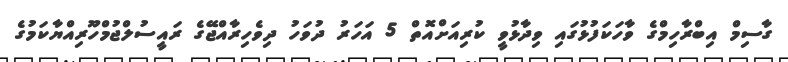
ގާސިމް އިބްރާހިމްގެ ވާހަކަފުޅުގައި ވިދާޅުވީ ކުރިއަށްއޮތް 5 އަހަރު ދުވަހު ދިވެހިރާއްޖޭގެ ރައީސުލްޖުމްހޫރިއްޔާކަމުގެ